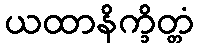
ယထာနိက္ခိတ္တံ